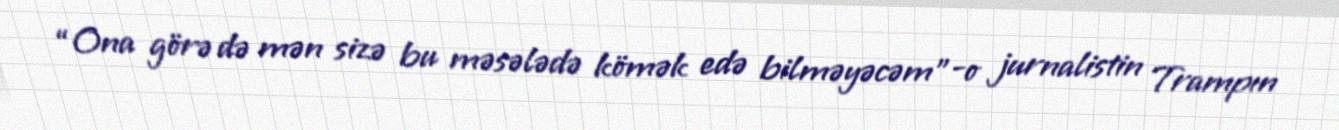
“Ona görə də mən sizə bu məsələdə kömək edə bilməyəcəm”-o jurnalistin Trampın